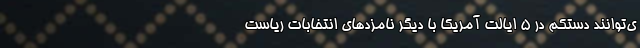
ی‌توانند دستکم در 5 ایالت آمریکا با دیگر نامزدهای انتخابات ریاست